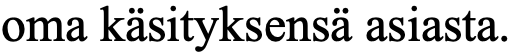
oma käsityksensä asiasta.